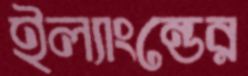
ইল্যাংন্ডের